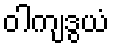
ဝါကျဒွယံ